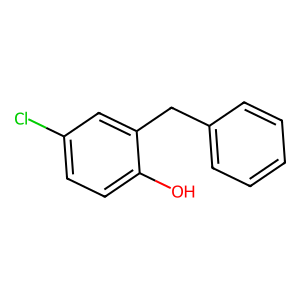
SMILES: Oc1ccc(Cl)cc1Cc1ccccc1
Inhibits HIV replication: No